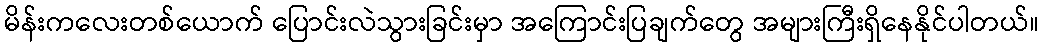
မိန်းကလေးတစ်ယောက် ပြောင်းလဲသွားခြင်းမှာ အကြောင်းပြချက်တွေ အများကြီးရှိနေနိုင်ပါတယ်။